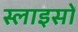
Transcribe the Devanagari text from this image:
स्लाइसों